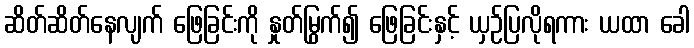
ဆိတ်ဆိတ်နေလျက် ဖြေခြင်းကို နှုတ်မြွက်၍ ဖြေခြင်းနှင့် ယှဉ်ပြလိုရကား ယထာ ခေါ